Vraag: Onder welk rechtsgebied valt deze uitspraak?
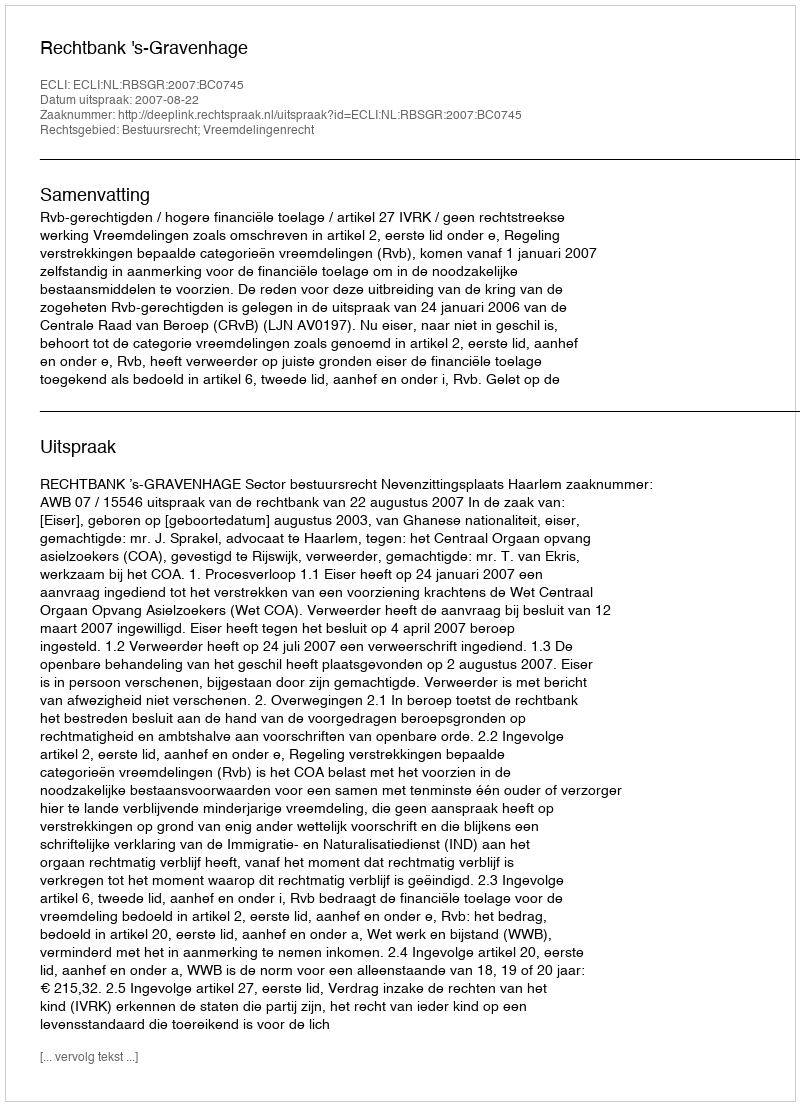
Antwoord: Bestuursrecht; Vreemdelingenrecht